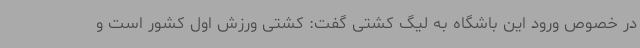
در خصوص ورود این باشگاه به لیگ کشتی گفت: کشتی ورزش اول کشور است و